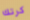
كرتك